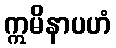
ဣမိနာပဟံ